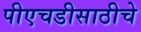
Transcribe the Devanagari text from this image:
पीएचडीसाठीचे